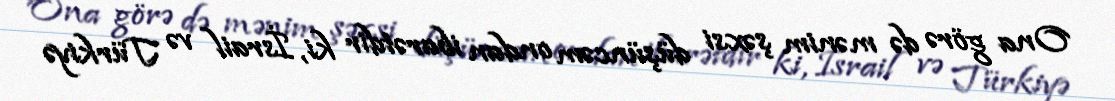
Ona görə də mənim şəxsi düşüncəm ondan ibarətdir ki, İsrail və Türkiyə